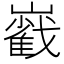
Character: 巀